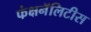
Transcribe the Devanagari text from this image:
फंक्षनॅलिटीस